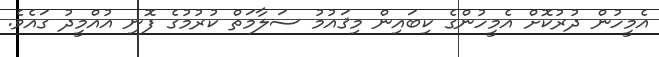
އެމީހުން ދުރުކޮށް އެމީހުންގެ ކިބައިން މިޤައުމު ސަލާމަތް ކުރުމުގެ ފޮނި އުއްމީދު ގައެވެ.